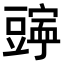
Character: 𫎄